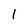
Character: 1